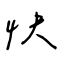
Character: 快